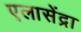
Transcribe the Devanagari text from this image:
एलासेंद्रा